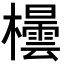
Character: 𪴘